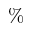
\%